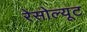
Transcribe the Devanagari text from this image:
रेसोल्यूट